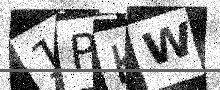
Text: 1PKW